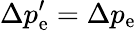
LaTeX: \Delta p_{\mathrm{e}}^{\prime}=\Delta p_{\mathrm{e}}